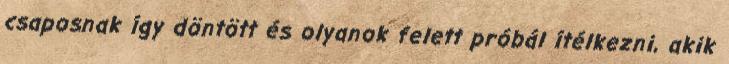
csaposnak így döntött és olyanok felett próbál ítélkezni, akik